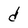
Character: d